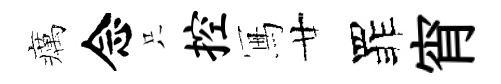
癘念只控冩廿罪宵